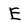
Character: E